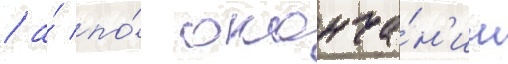
/ а́ по́ оконча́н'ии